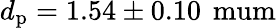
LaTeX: d_{\mathrm{p}}=1.54\pm 0.10\, \mathrm{{\ mum}}